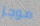
موجز